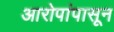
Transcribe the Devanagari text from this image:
आरोपांपासून